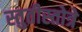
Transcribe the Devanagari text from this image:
स्तुतीस्तोत्रे